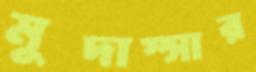
মুদাস্সার